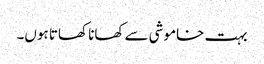
بہت خاموشی سے کھانا کھاتا ہوں۔